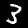
Digit: 3